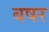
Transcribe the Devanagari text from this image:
बषर